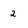
Character: 2